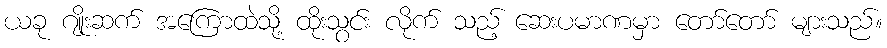
ယခု ဂျိုးဆက် အကြောထဲသို့ ထိုးသွင်း လိုက် သည့် ဆေးပမာဏမှာ တော်တော် များသည်။